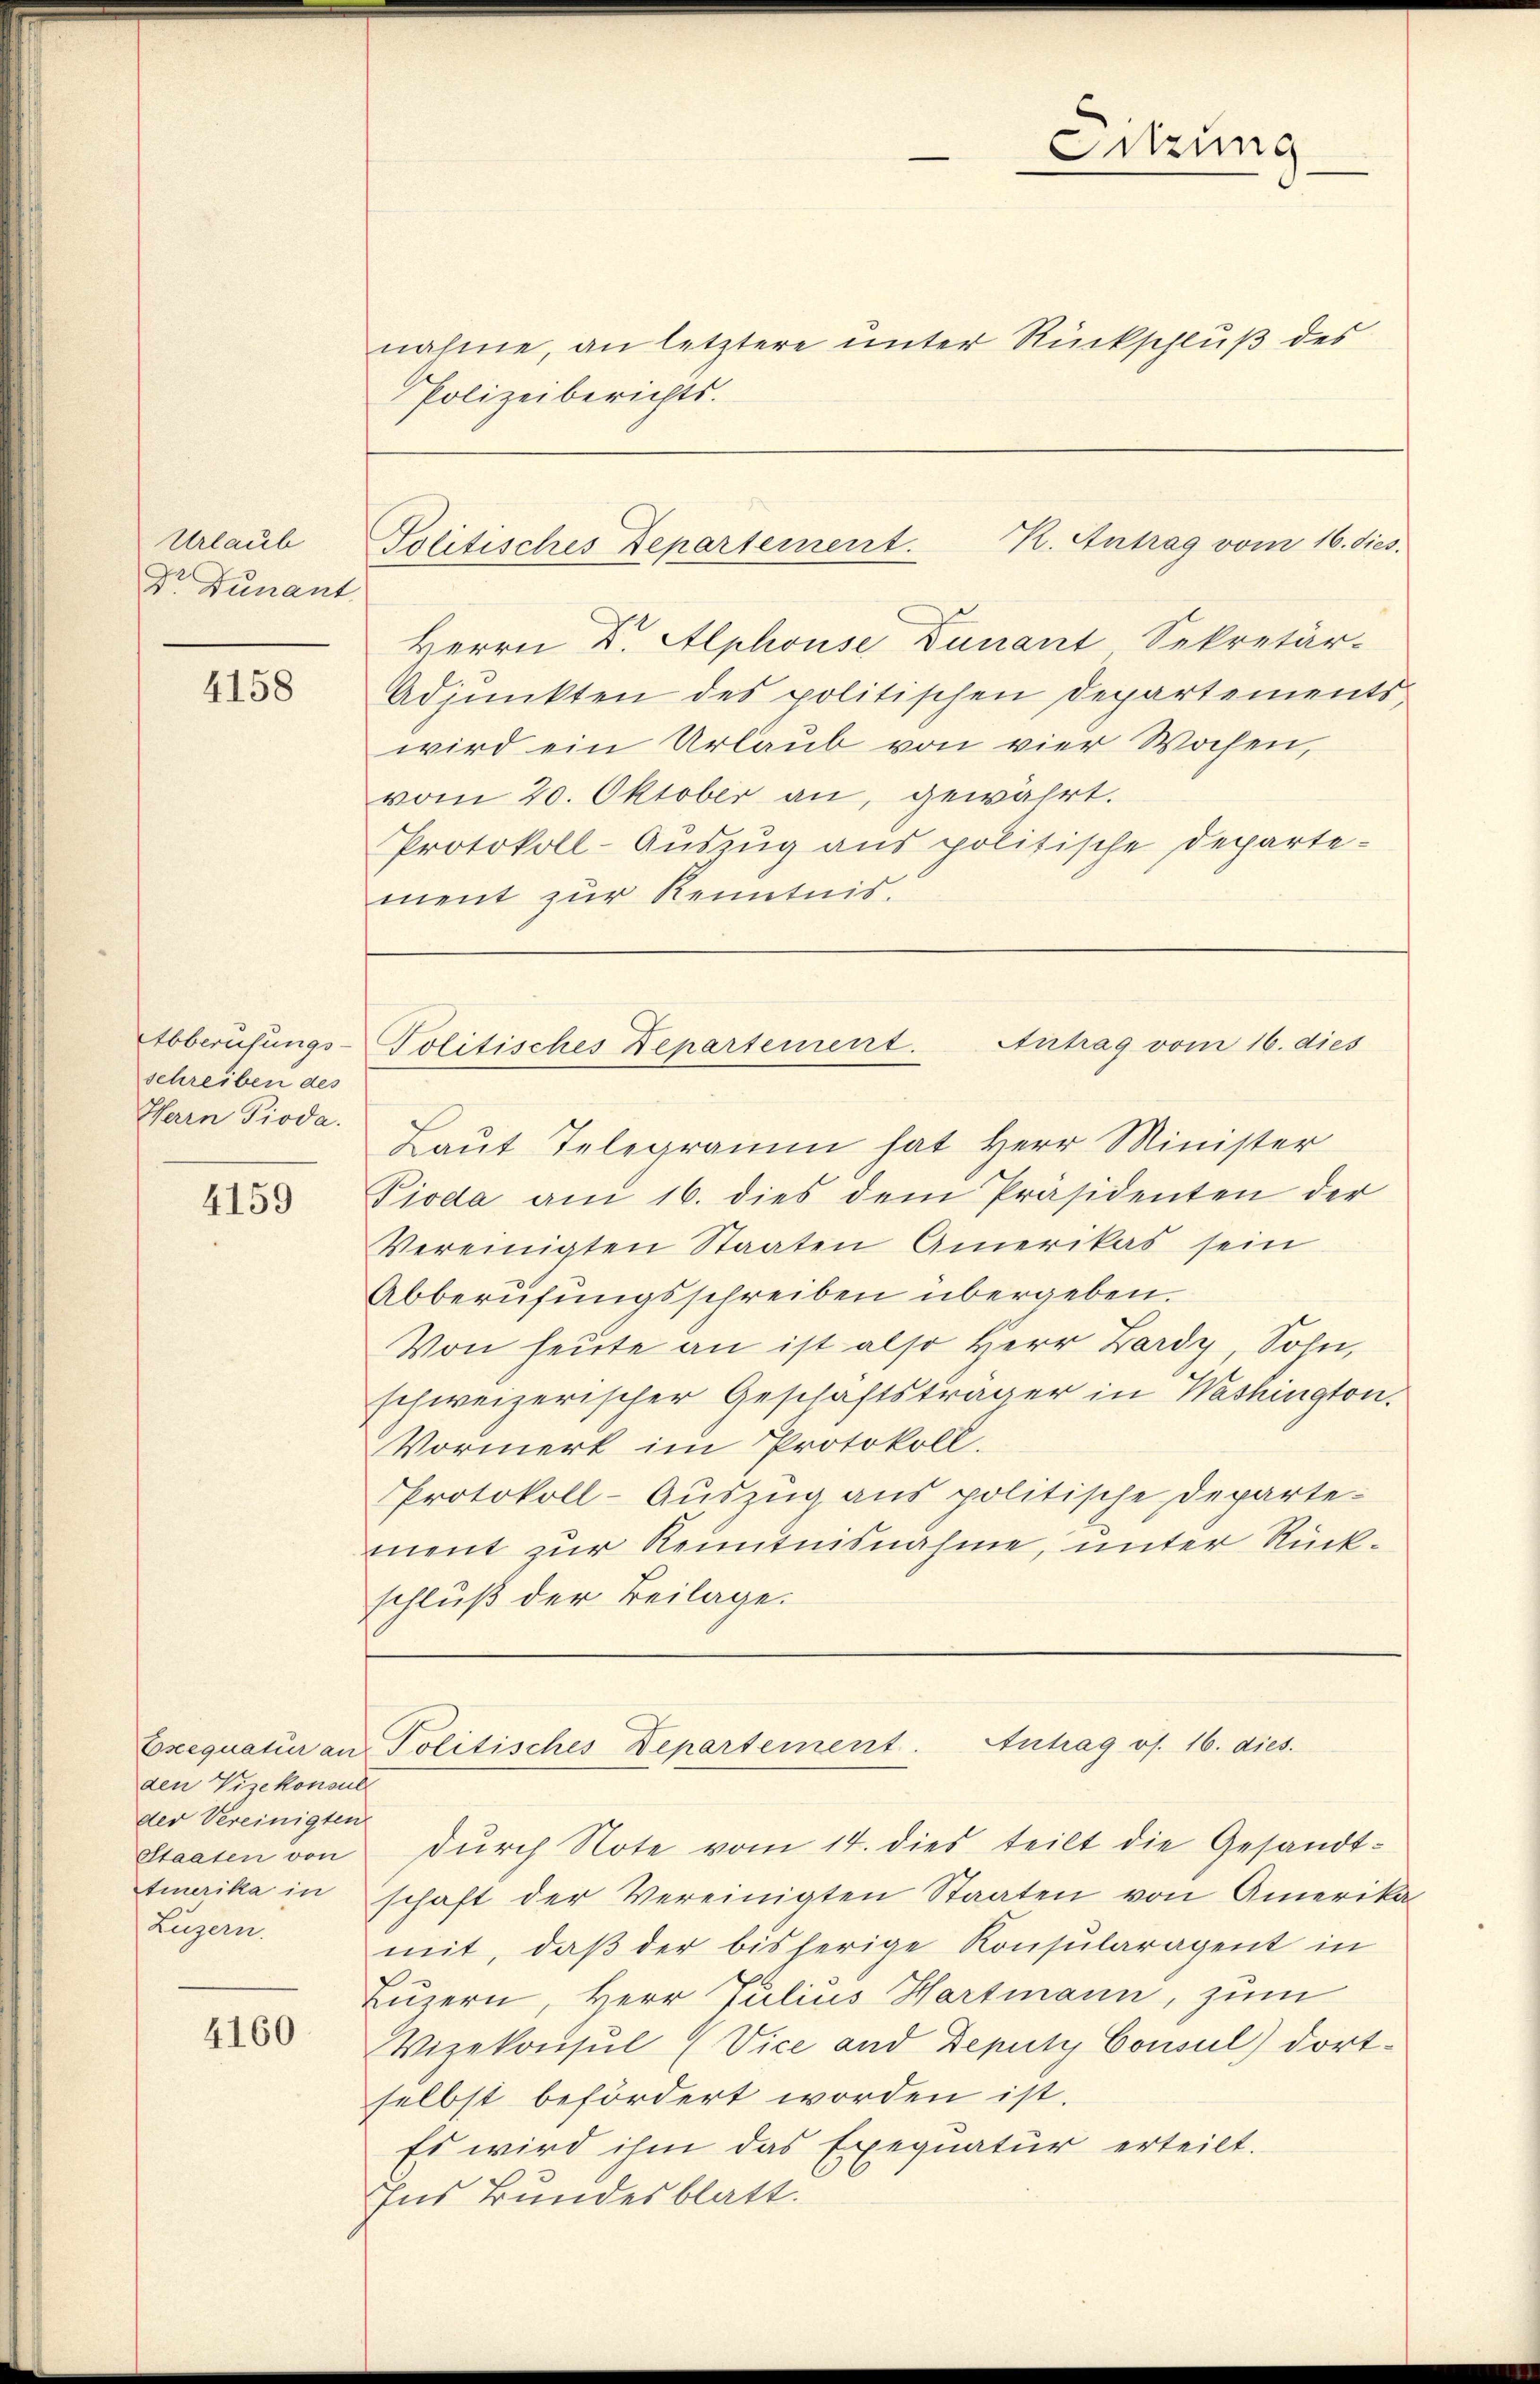
Urlaub
Dr Dunant

4158

4159

den Vizekonsul
der Vereinigten
Staaten von
Luzern.

4160

Abberufungs-
schreiben des
Herrn Pioda.

Sitzung
nahme, an letztere unter Rückschluß des
Polizeiberichts-

K. Antrag vom 16. dies.
Politisches Departement.
Herrn Dr. Alphouse Dunant Sekretär-

Adpŭnkten des politischen Departements
wird ein Urlaub von vier Wochen,
vom 20. Oktober an, gewährt.
Protokoll-Auszug aus politische Departement zur Kenntnis.

Politisches Departement. Antrag vom 16. dies

Laut Telegramm hat Herr Minister
Pioda am 16. dies dem Präsidenten der
Vereinigten Staaten Amerikas sein
Abberufungsschreiben übergeben.
Von heute an ist also Herr Zardy, Sohn,
schweizerischer Geschäftsträger in Washington.
Vormerk im Protokoll.
Protokoll-Auszug aus politische Departement zur Kenntnisnahme, unter Rückschluß der Beilage.

Exequatur an Politisches Departement. Antrag os. 16. dies

durch Note vom 14. dies teilt die Gesandttmerika in schaft der Vereinigten Staaten von Amerika-
mit, daβ der bisherige Konsularagent in
Luzern, Herr Julius Hartmann, zum
Vizekonsul (Vice und Deputy Consul) dortselbst befördert worden ist.
Es wird ihm das Exequatur erteilt.
Ins Bundesblatt.